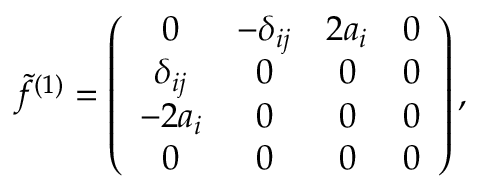
\tilde { f } ^ { ( 1 ) } = \left( \begin{array} { c c c c } { { 0 } } & { { - \delta _ { i j } } } & { { 2 a _ { i } } } & { { 0 } } \\ { { \delta _ { i j } } } & { { 0 } } & { { 0 } } & { { 0 } } \\ { { - 2 a _ { i } } } & { { 0 } } & { { 0 } } & { { 0 } } \\ { { 0 } } & { { 0 } } & { { 0 } } & { { 0 } } \end{array} \right) ,